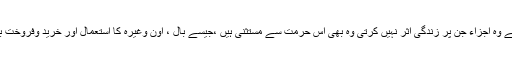
 اسی طرح اس کے وہ اجزاء جن پر زندگی اثر نہیں کرتی وہ بھی اس حرمت سے مستثنیٰ ہیں ،جیسے بال ، اون وغیرہ کا استعمال اور خرید وفروخت بھی جائز ہے۔